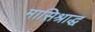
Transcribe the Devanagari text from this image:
मासिश्राद्ध